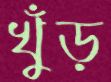
খুঁড়